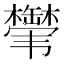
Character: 𬰸